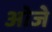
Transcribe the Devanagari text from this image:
ओजे